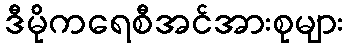
ဒီမိုကရေစီအင်အားစုများ